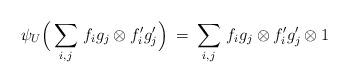
LaTeX: \begin{align*}\lefteqn{ \psi_U \Big( \sum \limits_{ {i}, {j} } \, {f}_{ {i}} {g}_{ {j}} \otimes f'_{ {i}} g'_{ {j}} \Big) \: = \: \sum \limits_{ {i}, {j} } \, {f}_{ {i}} {g}_{ {j}} \otimes f'_{ {i}} g'_{{j}} \otimes 1 }.\end{align*}